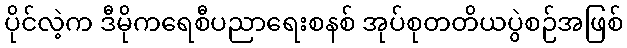
ပိုင်လဲ့က ဒီမိုကရေစီပညာရေးစနစ် အုပ်စုတတိယပွဲစဉ်အဖြစ်